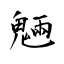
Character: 魎